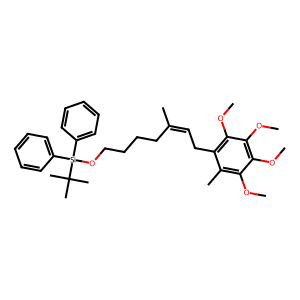
SMILES: COc1c(C)c(CC=C(C)CCCCO[Si](c2ccccc2)(c2ccccc2)C(C)(C)C)c(OC)c(OC)c1OC
Inhibits HIV replication: No